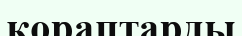
қораптарды